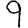
Digit: 9